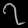
Digit: ၇